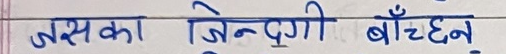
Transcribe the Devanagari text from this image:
जसका जिन्दगी बाँच्न